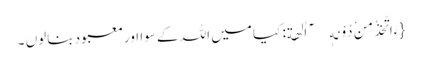
{ءَاَتَّخِذُ مِنْ دُوْنِهٖۤ اٰلِهَةً: کیا میں اللہ کے سوا اورمعبود بنالوں ۔